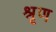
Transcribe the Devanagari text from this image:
श्रृण